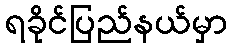
ရခိုင်ပြည်နယ်မှာ